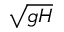
\sqrt { g H }